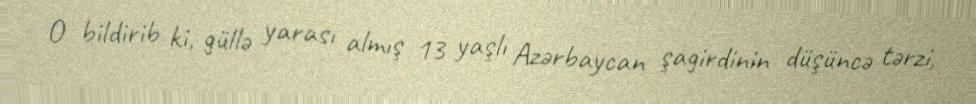
O bildirib ki, güllə yarası almış 13 yaşlı Azərbaycan şagirdinin düşüncə tərzi,